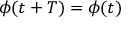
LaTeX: \phi ( t + T ) = \phi ( t ) \quad \quad { }